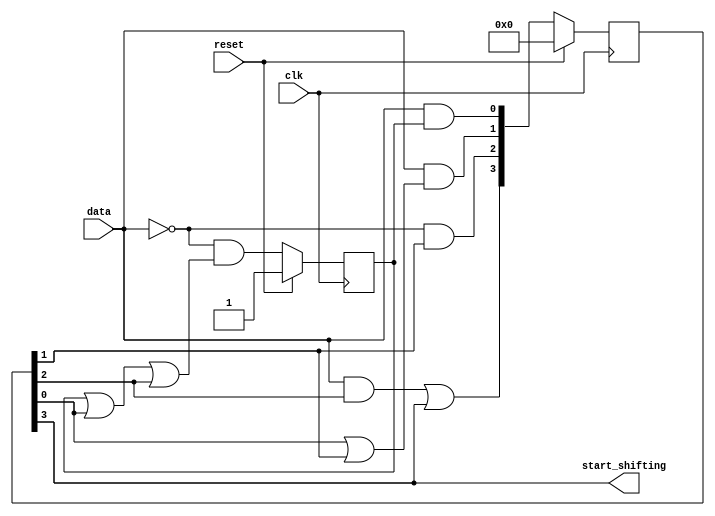
module top_module (
    input clk,
    input reset,      // Synchronous reset
    input data,
    output start_shifting);

    reg none_st;
    reg [4:1] A_st;
    reg n_none;
    reg [4:1] n_A;

    always @(*) begin
        n_none = (~data) & (none_st | A_st[1] | A_st[3]);
        begin
            n_A[1] = (data) & none_st;
            n_A[2] = (data) & (A_st[1] | A_st[2]);
            n_A[3] = (~data) & A_st[2];
            n_A[4] = ((data) & A_st[3]) | A_st[4];
        end
    end

    always @(posedge clk ) begin
        if(reset) begin
            none_st <= 1;
            A_st <= 0;
        end
        else begin
            none_st <= n_none;
            A_st <= n_A;
        end
    end

    assign start_shifting = A_st[4];

endmodule